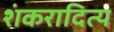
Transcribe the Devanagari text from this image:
शंकरादित्य